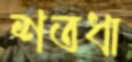
শতধা